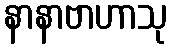
နာနာဗာဟာသု